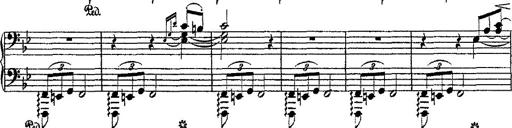
Title: Fantaisie romantique sur deux mÃ©lodies suisses
Composer: Franz Liszt